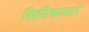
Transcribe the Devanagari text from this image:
सिटिकास्टर